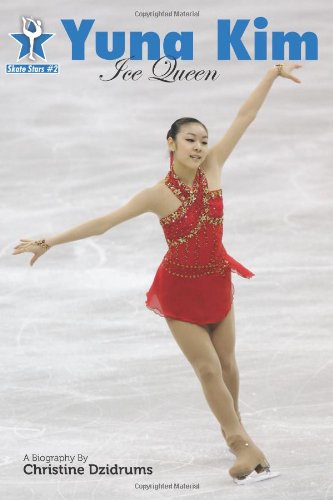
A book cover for Yuna Kim: Ice Queen: Skate Stars Volume 2; Christine Dzidrums; Sports & Outdoors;